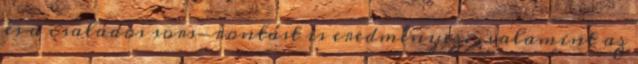
és a családos sors-rontást is eredményez. , valamint az